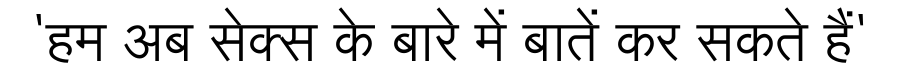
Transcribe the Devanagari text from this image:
'हम अब सेक्स के बारे में बातें कर सकते हैं'